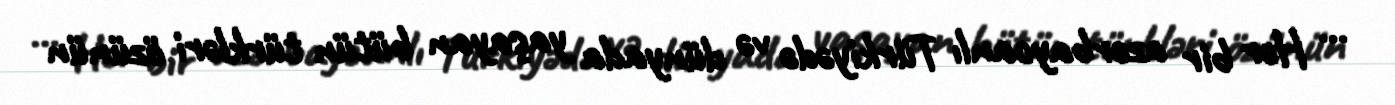
… Hər bir azərbaycanlı Türkiyədə və dünyada yaşayan bütün türkləri özünün